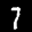
Label: 7